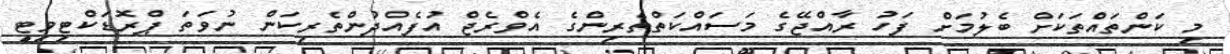
މި ކަންތައްތަކަށް ބެލުމަށް ފަހު ރާއްޖޭގެ މަސައްކަތްތެރިންގެ އެވްރެޖް އުފެއްދުންތެރިކަން ނުވަތަ ޕްރޮޑަކްޓިވިޓީ